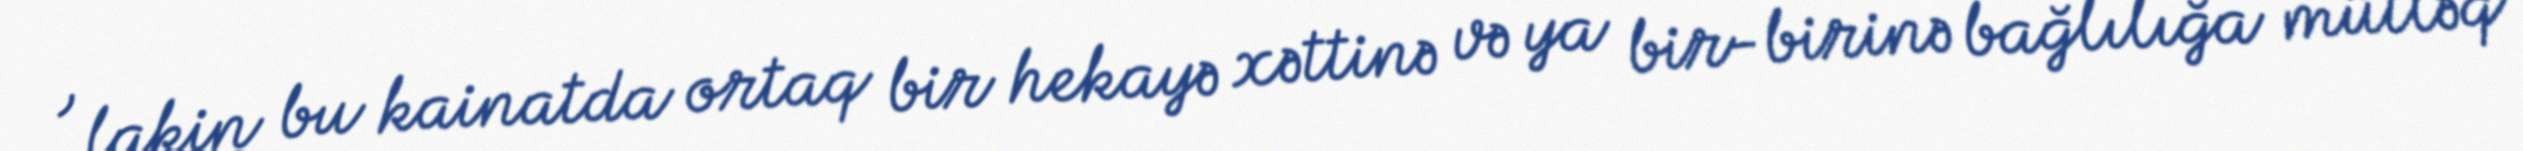
, lakin bu kainatda ortaq bir hekayə xəttinə və ya bir-birinə bağlılığa mütləq